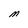
Character: M